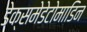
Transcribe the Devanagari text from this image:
डेक्समेडेटोमाडिन